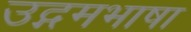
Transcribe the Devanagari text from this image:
उद्गमभाषा